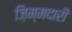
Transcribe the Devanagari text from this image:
ज़िम्मदारी